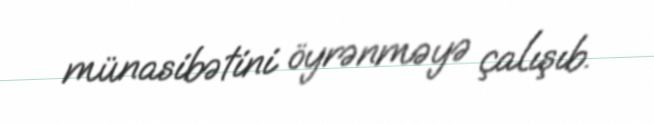
münasibətini öyrənməyə çalışıb.